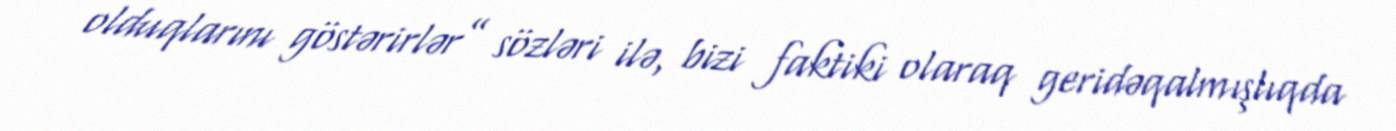
olduqlarını göstərirlər” sözləri ilə, bizi faktiki olaraq geridəqalmışlıqda